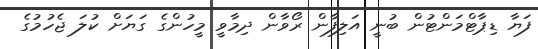
ފަޔާ ޑިޕާޓްމަންޓުން ބުނީ އަލިފާން ރޯވާން ދިމާވީ މީހުންގެ ގަޔަށް ކުލަ ޖެހުމުގެ